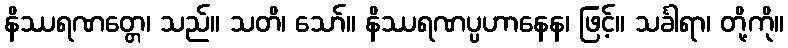
နိဿရဏတ္တေ၊ သည်။ သတိ၊ သော်။ နိဿရဏပ္ပဟာနေန၊ ဖြင့်။ သင်္ခါရာ၊ တို့ကို။